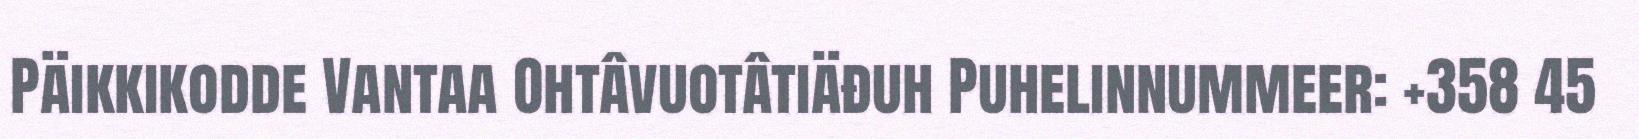
Päikkikodde Vantaa Ohtâvuotâtiäđuh Puhelinnummeer: +358 45